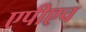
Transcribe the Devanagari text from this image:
एपीएच